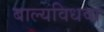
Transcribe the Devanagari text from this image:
बाल्यविधवा